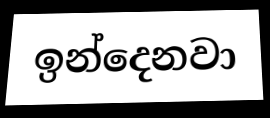
ඉන්දෙනවා